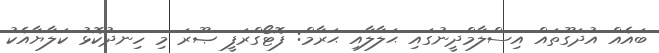
ބައެއް އުދަގޫތައް އިސްލާމްދީނުގައި ޙަލާލާއި ޙަރާމް: ފޮޓޯގްރަފީ ޞޫރަ މި ހިނދުކޮޅު ކަލާޔާއެކު